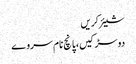
شیئر کریں
دو سڑکیں، پانچ نام سروے